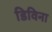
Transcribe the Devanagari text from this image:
डिविना